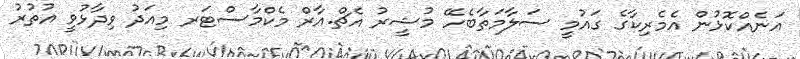
އަނެއްކޮޅުން އެމެރިކާގެ ގައުމީ ސަލާމަތާބެހޭ މުޝީރު އެޗް.އާރް މެކްމާސްޓަރ މިއަދު ވިދާޅުވީ އުތުރު